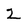
Character: 2